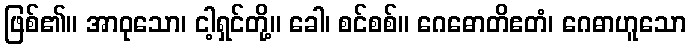
ဖြစ်၏။ အာဝုသော၊ ငါ့ရှင်တို့။ ခေါ၊ စင်စစ်။ ဂေဓောတိဧတံ၊ ဂေဓာဟူသော